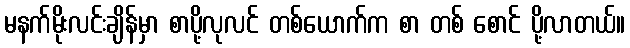
မနက်မိုးလင်းချိန်မှာ စာပို့လုလင် တစ်ယောက်က စာ တစ် စောင် ပို့လာတယ်။